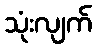
သုံးလျက်